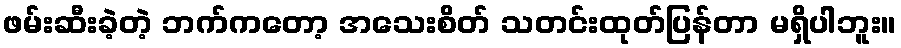
ဖမ်းဆီးခဲ့တဲ့ ဘက်ကတော့ အသေးစိတ် သတင်းထုတ်ပြန်တာ မရှိပါဘူး။